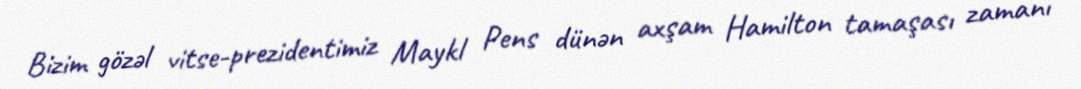
Bizim gözəl vitse-prezidentimiz Maykl Pens dünən axşam Hamilton tamaşası zamanı